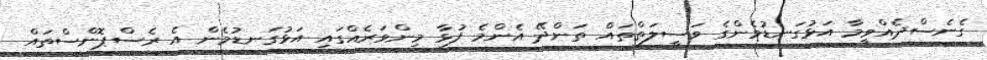
ގެނެސްދެއްވީމާ އަޅުގަނޑުމެންގެ ވަސީލަތްތައް ތަންދޭ އެންމެ ފުޅާ މިންވަރެއްގައި އަޅުގަނޑުމެން އެ ރެސްޕޮންސްތައް